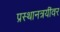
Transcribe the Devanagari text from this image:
प्रस्थानत्रयींवर